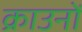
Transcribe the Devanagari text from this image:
क्राउनों